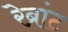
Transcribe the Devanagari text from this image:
रेब्रांट